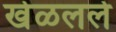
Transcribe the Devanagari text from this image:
खेळलले